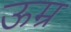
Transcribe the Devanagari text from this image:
ऊम्र